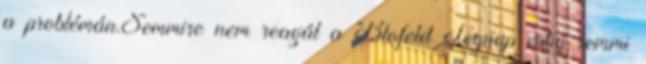
a problémán.Semmire nem reagál a Blofeld Tegnap estig semmi